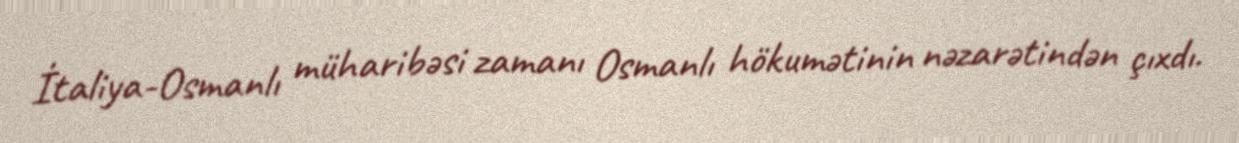
İtaliya-Osmanlı müharibəsi zamanı Osmanlı hökumətinin nəzarətindən çıxdı.